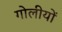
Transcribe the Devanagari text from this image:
गोलीयों